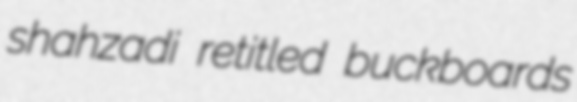
shahzadi retitled buckboards